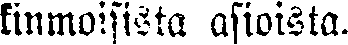
kinmoisista asioista.